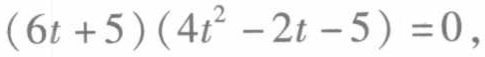
\((6t + 5)(4t^{2}-2t - 5)=0\)